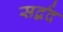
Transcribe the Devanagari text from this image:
सर्द्वद